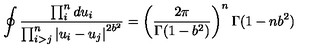
\oint \frac { \prod _ { i } ^ { n } d u _ { i } } { \prod _ { i > j } ^ { n } \left| u _ { i } - u _ { j } \right| ^ { 2 b ^ { 2 } } } = \left( \frac { 2 \pi } { \Gamma ( 1 - b ^ { 2 } ) } \right) ^ { n } \Gamma ( 1 - n b ^ { 2 } )